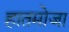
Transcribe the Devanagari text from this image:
हातमोजा